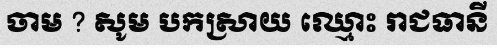
ចាម ? សូម បកស្រាយ ឈ្មោះ រាជធានី